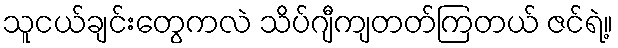
သူငယ်ချင်းတွေကလဲ သိပ်ဂျီကျတတ်ကြတယ် ဇင်ရဲ့။